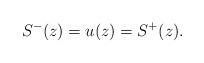
LaTeX: \begin{align*}S^{-}(z)=u(z)=S^{+}(z).\end{align*}